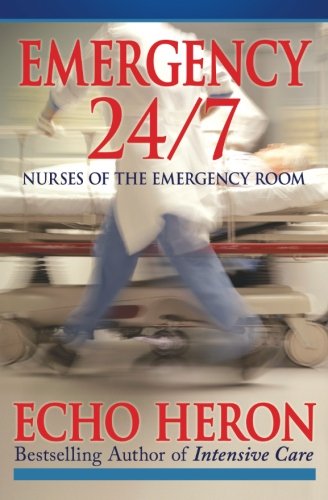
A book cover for Emergency 24/7: Nurses of the Emergency Room; Echo Heron; Medical Books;